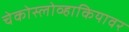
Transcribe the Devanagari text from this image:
चेकोस्लोव्हाकियावर